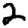
Digit: 2